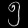
Digit: ၅